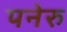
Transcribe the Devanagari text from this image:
पनेरु